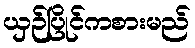
ယှဉ်ပြိုင်ကစားမည်